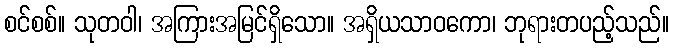
စင်စစ်။ သုတဝါ၊ အကြားအမြင်ရှိသော။ အရှိယသာဝကော၊ ဘုရားတပည့်သည်။